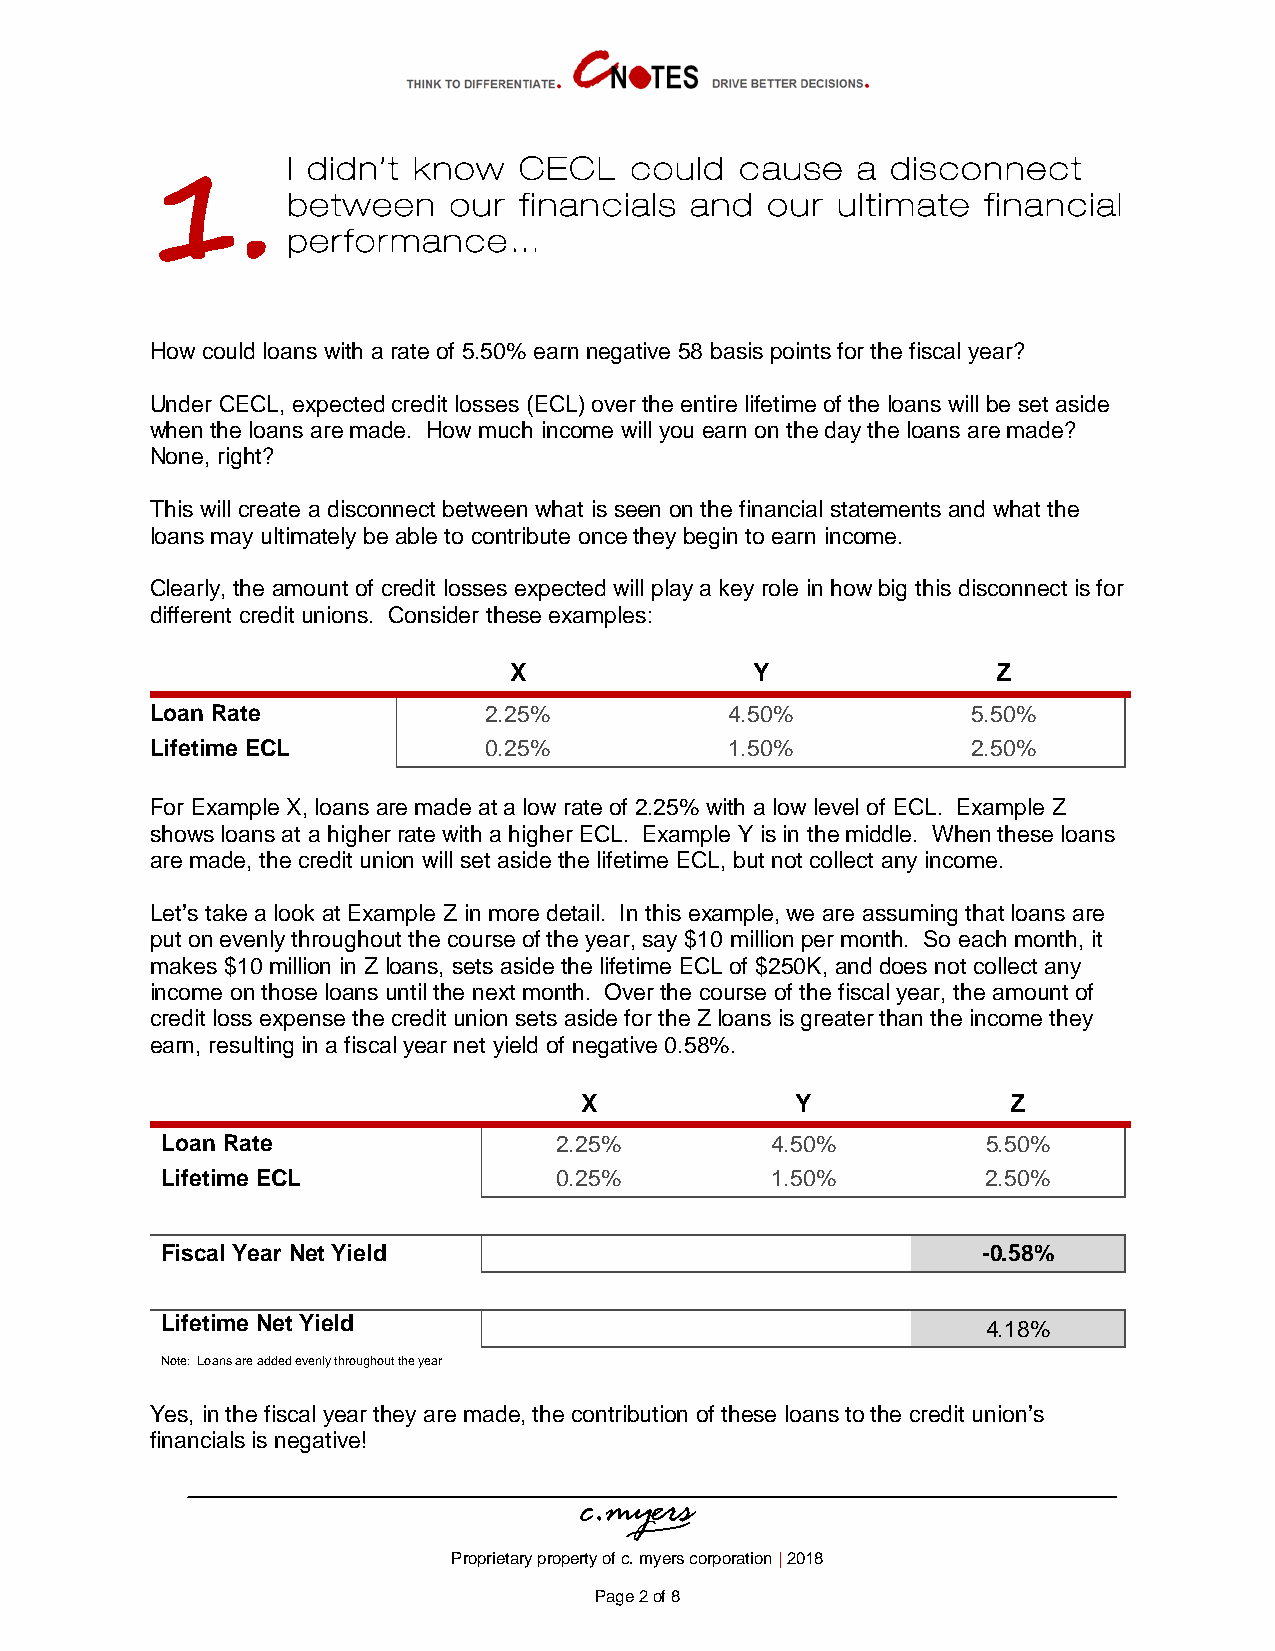
I didn’t know  CECL    could  cause   a disconnect
 1.       between    our financials  and  our ultimate  financial
 performance…
 How could loans with a rate of 5.50% earn negative 58 basis points for the fiscal year?
 Under CECL, expected credit losses (ECL) over the entire lifetime of the loans will be set aside
 when the loans are made. How much income will you earn on the day the loans are made?
 None, right?
 This will create a disconnect between what is seen on the financial statements and what the
 loans may ultimately be able to contribute once they begin to earn income.
 Clearly, the amount of credit losses expected will play a key role in how big this disconnect is for
 different credit unions. Consider these examples:
 X               Y               Z
 Loan Rate             2.25%           4.50%           5.50%
 Lifetime ECL          0.25%           1.50%           2.50%
 For Example X, loans are made at a low rate of 2.25% with a low level of ECL. Example Z
 shows loans at a higher rate with a higher ECL. Example Y is in the middle. When these loans
 are made, the credit union will set aside the lifetime ECL, but not collect any income.
 Let’s take a look at Example Z in more detail. In this example, we are assuming that loans are
 put on evenly throughout the course of the year, say $10 million per month. So each month, it
 makes $10 million in Z loans, sets aside the lifetime ECL of $250K, and does not collect any
 income on those loans until the next month. Over the course of the fiscal year, the amount of
 credit loss expense the credit union sets aside for the Z loans is greater than the income they
 earn, resulting in a fiscal year net yield of negative 0.58%.
 X              Y             Z
 Loan Rate                 2.25%         4.50%         5.50%
 Lifetime ECL              0.25%         1.50%         2.50%
 Fiscal Year Net Yield                                 -0.58%
 Lifetime Net Yield                                    4.18%
 Note: Loans are added evenly throughout the year
 Yes, in the fiscal year they are made, the contribution of these loans to the credit union’s
 financials is negative!
 Proprietary property of c. myers corporation | 2018
 Page 2 of 8